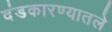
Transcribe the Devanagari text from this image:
दंडकारण्यातले